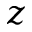
z